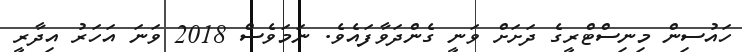
ހައުސިން މިނިސްޓްރީގެ ދަށަށް ވަނީ ގެންދަވާފައެވެ. ނަމަވެސް 2018 ވަނަ އަހަރު އިދާރީ